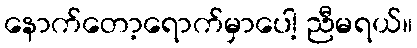
နောက်တော့ရောက်မှာပေါ့ ညီမရယ်။